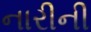
નારીની